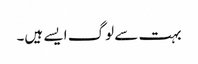
بہت سے لوگ ایسے ہیں۔